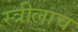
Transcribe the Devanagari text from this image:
स्त्रीलाच